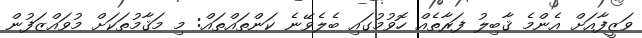
ވަޒީފާއަށް އެންމެ ޤާބިލު ފަރާތެއް ހޮވުމުގައި ބެލެވޭނެ ކަންތައްތައް: މި މަޤާމުތަކަށް މުވައްޒަފުން